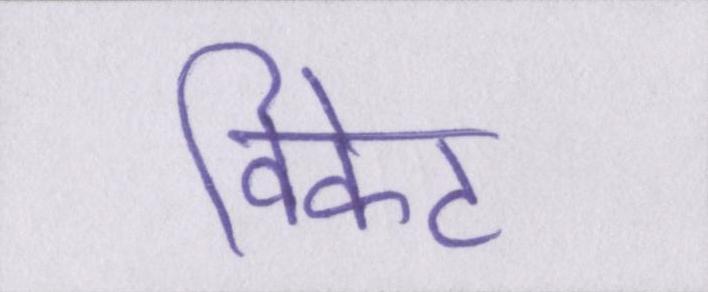
विकेट